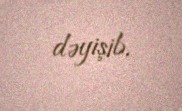
dəyişib.